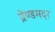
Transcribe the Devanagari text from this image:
ग्रेण्डमदर